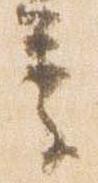
季